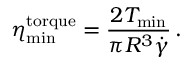
\eta _ { \mathrm { m i n } } ^ { \mathrm { t o r q u e } } = \frac { 2 T _ { \mathrm { m i n } } } { \pi R ^ { 3 } \Dot { \gamma } } \, .